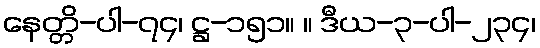
နေတ္တိ-ပါ-၇၄၊ ဋ္ဌ-၁၅၁။ ။ ဒီယ-၃-ပါ-၂၃၄၊